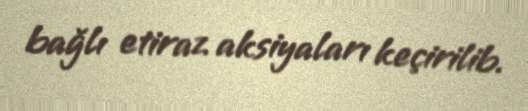
bağlı etiraz aksiyaları keçirilib.